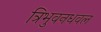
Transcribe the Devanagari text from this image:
त्रिभुवनधवल